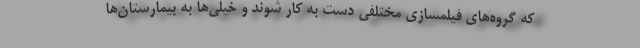
که گروه‌های فیلمسازی مختلفی دست به کار شوند و خیلی‌ها به بیمارستان‌ها